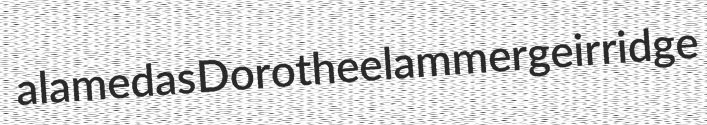
alamedas Dorothee lammergeir ridge